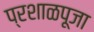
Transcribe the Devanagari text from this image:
प्रशाळपूजा